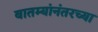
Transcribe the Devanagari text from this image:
बातम्यांनंतरच्या